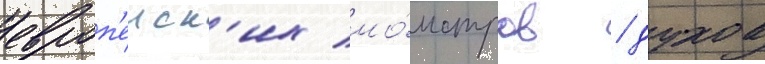
европ'еиск'их мо́нстров / духов